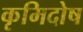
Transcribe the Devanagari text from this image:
कृमिदोष